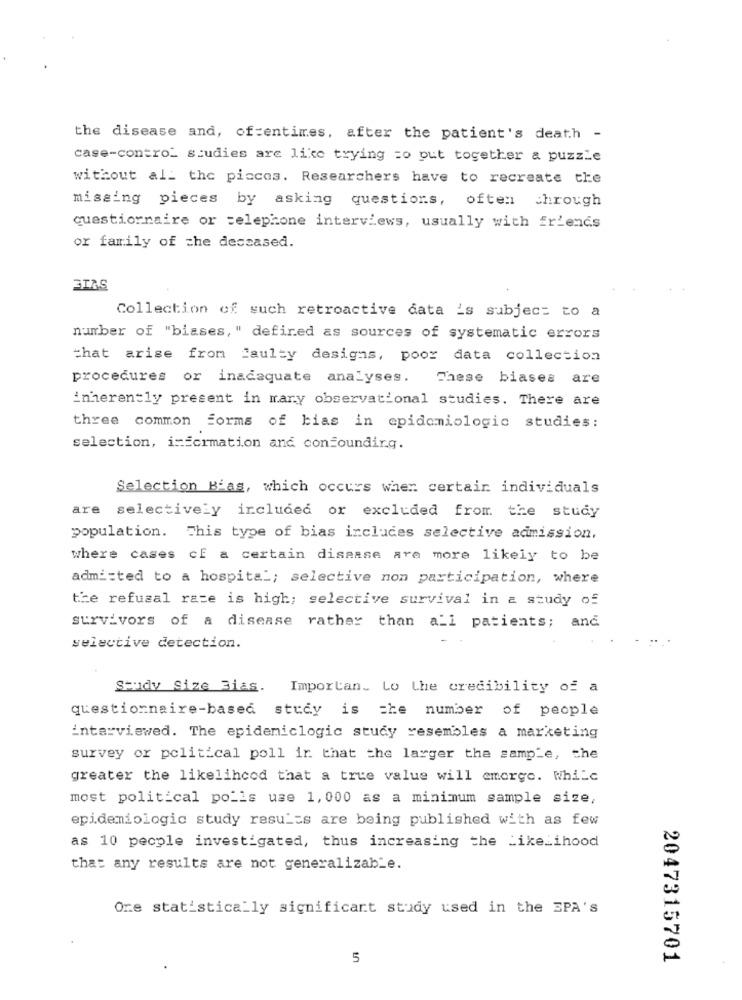
the disease and, of:entimes, after the patient's death -
case-contro_ studies are like trying =o put together & puzzle
without al_ the piccos. Researchers have to recreate the
missing pieces by asking questions, often through
questionnaire or telephone interviews, usually with friends
or family of the deceased.
3I&S
Collection of such retroactive data is subject to a
number of "biases, " defined as sources of systematic errors
that arise from faulty designs, poor data collection
procedures or inadequate analyses. These biases are
inherently present in mary observational studies. There are
three common forms of bias in epidemiologic studies:
selection, information and confounding.
Selection Bias, which occurs when certain individuals
are selectively included or excluded from the study
population. This type of bias includes selective admission.
where cases cf a certain disease are more likely to be
admi:ted to a hospital; selective non participation, where
the refusal rate is high; selective survival in a study of
survivors of a disease rather than all patients; and
selective detection.
Study Size Bias. Importan. to the credibility of a
questionnaire-based study is the number of people
interviewed. The epidemiclogic study resembles a marketing
survey or political poll ir that the larger the sample, the
greater the likelihood that a true value will emerge. While
most political polls use 1,000 as a minimum sample size,
epidemiologic study results are being published with as few
as 10 people investigated, thus increasing the Likelihood
that any results are not generalizable.
Ore statistically significant study used in the SPA's
5
2047315701